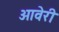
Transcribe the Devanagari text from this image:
ओवेरी